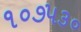
૧૦૭૫૩૦